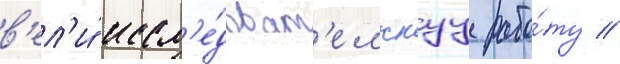
в'ел'и́ иссл'е́доват'ельскуу рабо́ту //